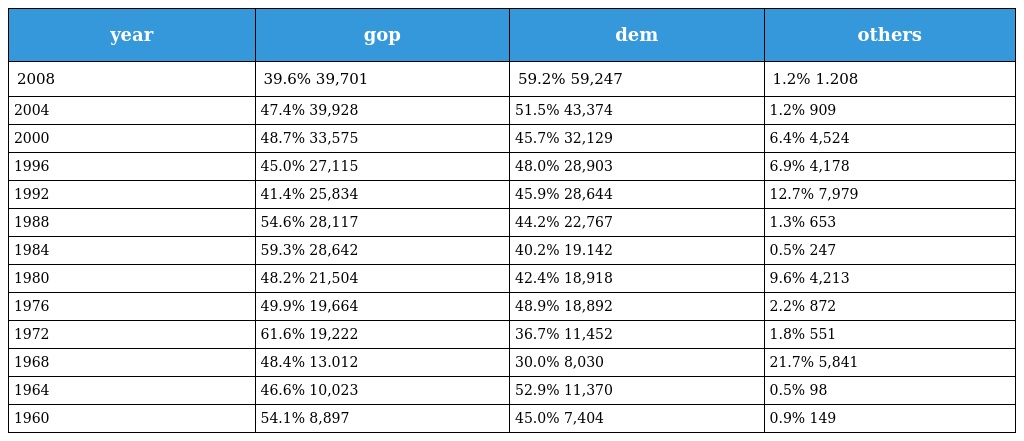
| year | gop | dem | others |
 | --- | --- | --- | --- |
 | 2008 | 39.6% 39,701 | 59.2% 59,247 | 1.2% 1.208 |
 | 2004 | 47.4% 39,928 | 51.5% 43,374 | 1.2% 909 |
 | 2000 | 48.7% 33,575 | 45.7% 32,129 | 6.4% 4,524 |
 | 1996 | 45.0% 27,115 | 48.0% 28,903 | 6.9% 4,178 |
 | 1992 | 41.4% 25,834 | 45.9% 28,644 | 12.7% 7,979 |
 | 1988 | 54.6% 28,117 | 44.2% 22,767 | 1.3% 653 |
 | 1984 | 59.3% 28,642 | 40.2% 19.142 | 0.5% 247 |
 | 1980 | 48.2% 21,504 | 42.4% 18,918 | 9.6% 4,213 |
 | 1976 | 49.9% 19,664 | 48.9% 18,892 | 2.2% 872 |
 | 1972 | 61.6% 19,222 | 36.7% 11,452 | 1.8% 551 |
 | 1968 | 48.4% 13.012 | 30.0% 8,030 | 21.7% 5,841 |
 | 1964 | 46.6% 10,023 | 52.9% 11,370 | 0.5% 98 |
 | 1960 | 54.1% 8,897 | 45.0% 7,404 | 0.9% 149 |